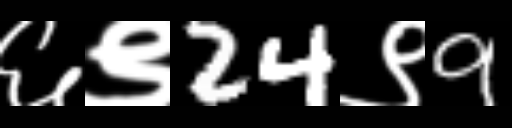
Text: ६९24९9